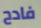
فادح